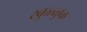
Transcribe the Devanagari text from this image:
खुळ्ळुक